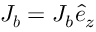
\boldsymbol { J _ { b } } = J _ { b } \boldsymbol { \hat { e } } _ { z }